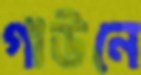
গাউনে